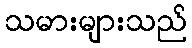
သမားများသည်